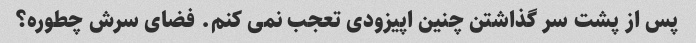
پس از پشت سر گذاشتن چنین اپیزودی تعجب نمی کنم. فضای سرش چطوره؟